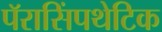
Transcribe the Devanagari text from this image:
पॅरासिंपथेटिक